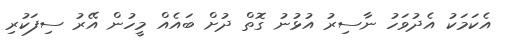
އެކަމަކު އެދުވަހު ނާސިރު އުޅުނު ގޮތް ދުށް ބައެއް މީހުން އޭރު ސިފަކުރި